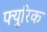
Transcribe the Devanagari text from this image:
फ्युरिक